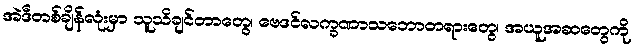
အဲဒီတစ်ချိန်လုံးမှာ သူသိချင်တာတွေ၊ ဗေဒင်လက္ခဏာသဘောတရားတွေ၊ အယူအဆတွေကို